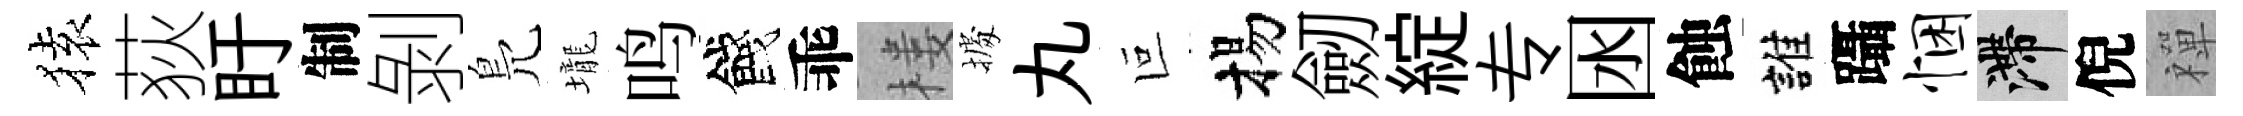
𫞤荻盱制剝鳬壠鸣餞乖楼𢴃丸叵揚劒綻专囦蝕誰躡悃滯倪禪